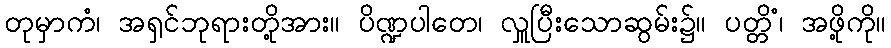
တုမှာကံ၊ အရှင်ဘုရားတို့အား။ ပိဏ္ဍပါတေ၊ လှူပြီးသောဆွမ်း၌။ ပတ္တိံ၊ အဖို့ကို။